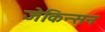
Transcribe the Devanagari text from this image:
जेकिन्सन